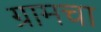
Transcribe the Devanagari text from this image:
ग्रामचा